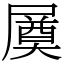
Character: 㞟